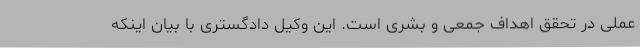
عملی در تحقق اهداف جمعی و بشری است. این وکیل دادگستری با بیان اینکه